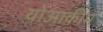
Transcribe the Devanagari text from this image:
योआकीम